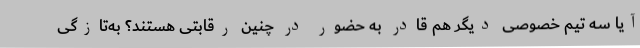
آیا سه تیم خصوصی دیگر هم قادر به حضور در چنین رقابتی هستند؟ به‌تازگی